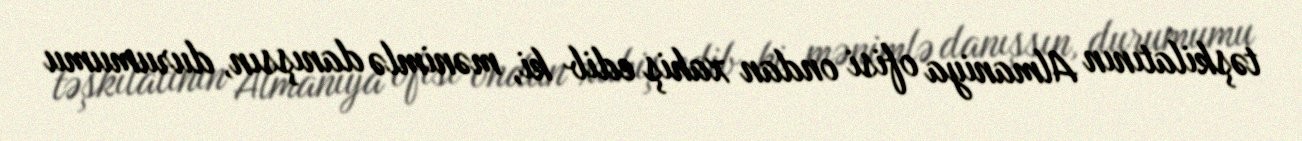
təşkilatının Almaniya ofisi ondan xahiş edib ki, mənimlə danışsın, durumumu